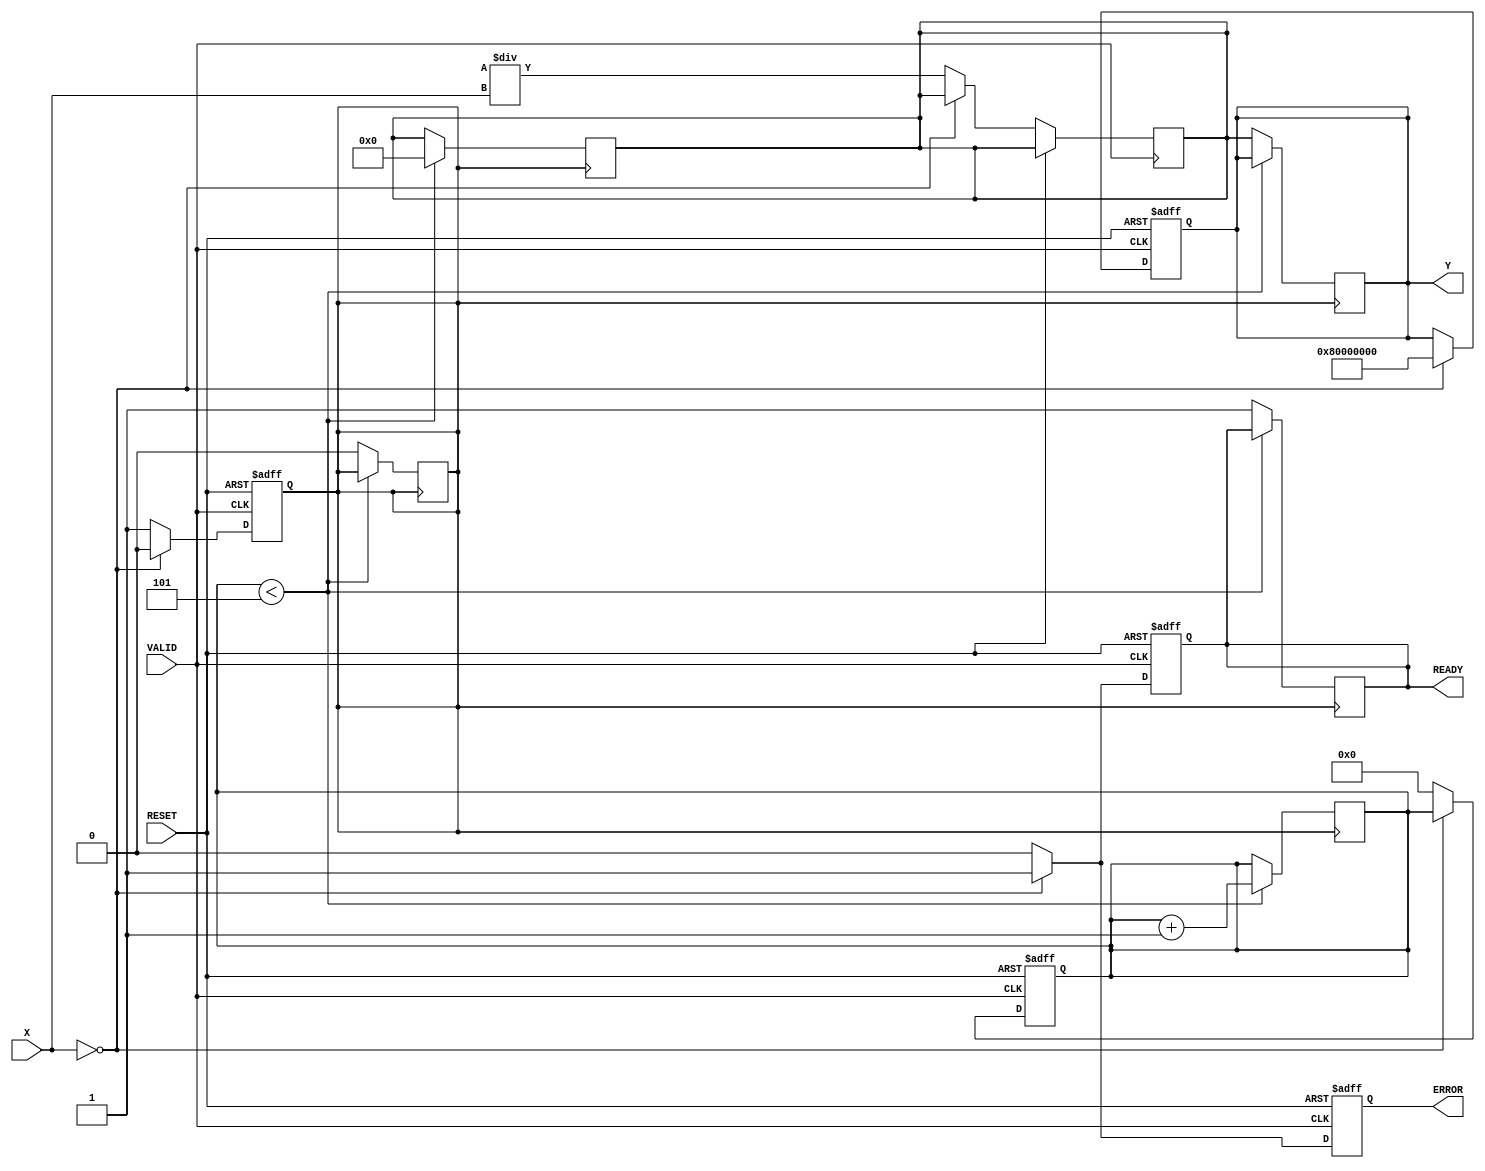
module ReciprocalUnit #(
    parameter DATA_WIDTH = 32,  // Width of input and output data
    parameter MAX_ITERATIONS = 5 // Number of iterations for Newton-Raphson
)(
    input wire [DATA_WIDTH-1:0] X,       // Input data
    input wire VALID,                     // Valid signal for input data
    input wire RESET,                     // Asynchronous reset
    output reg [DATA_WIDTH-1:0] Y,       // Reciprocal output
    output reg READY,                    // Ready signal
    output reg ERROR                     // Error signal
);

    reg [DATA_WIDTH-1:0] x_reg;          // Registered input value
    reg [DATA_WIDTH-1:0] approx;         // Current approximation of reciprocal
    reg [3:0] iteration_count;           // Iteration counter
    reg computing;                       // Indicates if computation is in progress

    // Error constants
    localparam ERROR_VALUE = {1'b1, {DATA_WIDTH-1{1'b0}}}; // Infinity for division by zero

    always @(posedge VALID or posedge RESET) begin
        if (RESET) begin
            Y <= 0;
            READY <= 0;
            ERROR <= 0;
            iteration_count <= 0;
            computing <= 0;
        end else if (VALID) begin
            // Handle division by zero
            if (X == 0) begin
                Y <= ERROR_VALUE;
                READY <= 1;
                ERROR <= 1;
                computing <= 0;
            end else begin
                x_reg <= X;
                approx <= (1 << DATA_WIDTH) / X; // Initial approximation (1 / X)
                iteration_count <= 0;
                computing <= 1;
                READY <= 0;
                ERROR <= 0;
            end
        end
    end

    // Newton-Raphson Iteration
    always @(posedge computing) begin
        if (computing) begin
            if (iteration_count < MAX_ITERATIONS) begin
                approx <= approx * (2 - x_reg * approx) >> DATA_WIDTH; // Update approximation
                iteration_count <= iteration_count + 1;
            end else begin
                Y <= approx;
                READY <= 1;
                computing <= 0;
            end
        end
    end

endmodule